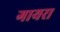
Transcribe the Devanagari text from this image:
गायरा